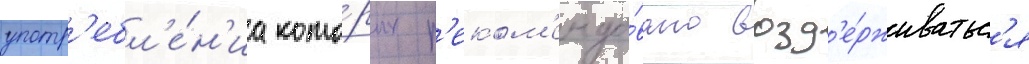
употр'ебл'е́н'иа кото́рых р'еком'ендо́вано возд'е́рживатьс'я